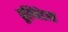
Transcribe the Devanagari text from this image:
पूलिवेंडला